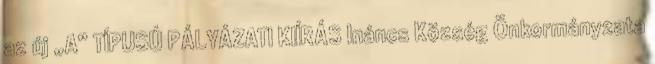
az új „A” TÍPUSÚ PÁLYÁZATI KIÍRÁS Ináncs Község Önkormányzata